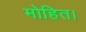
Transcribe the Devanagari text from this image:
मोहित।